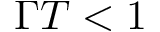
\Gamma T < 1